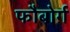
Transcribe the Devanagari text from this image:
फौबोर्ग